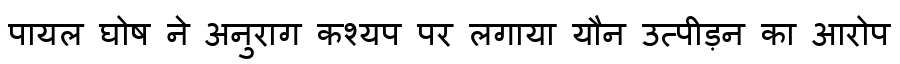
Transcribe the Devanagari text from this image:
पायल घोष ने अनुराग कश्यप पर लगाया यौन उत्पीड़न का आरोप